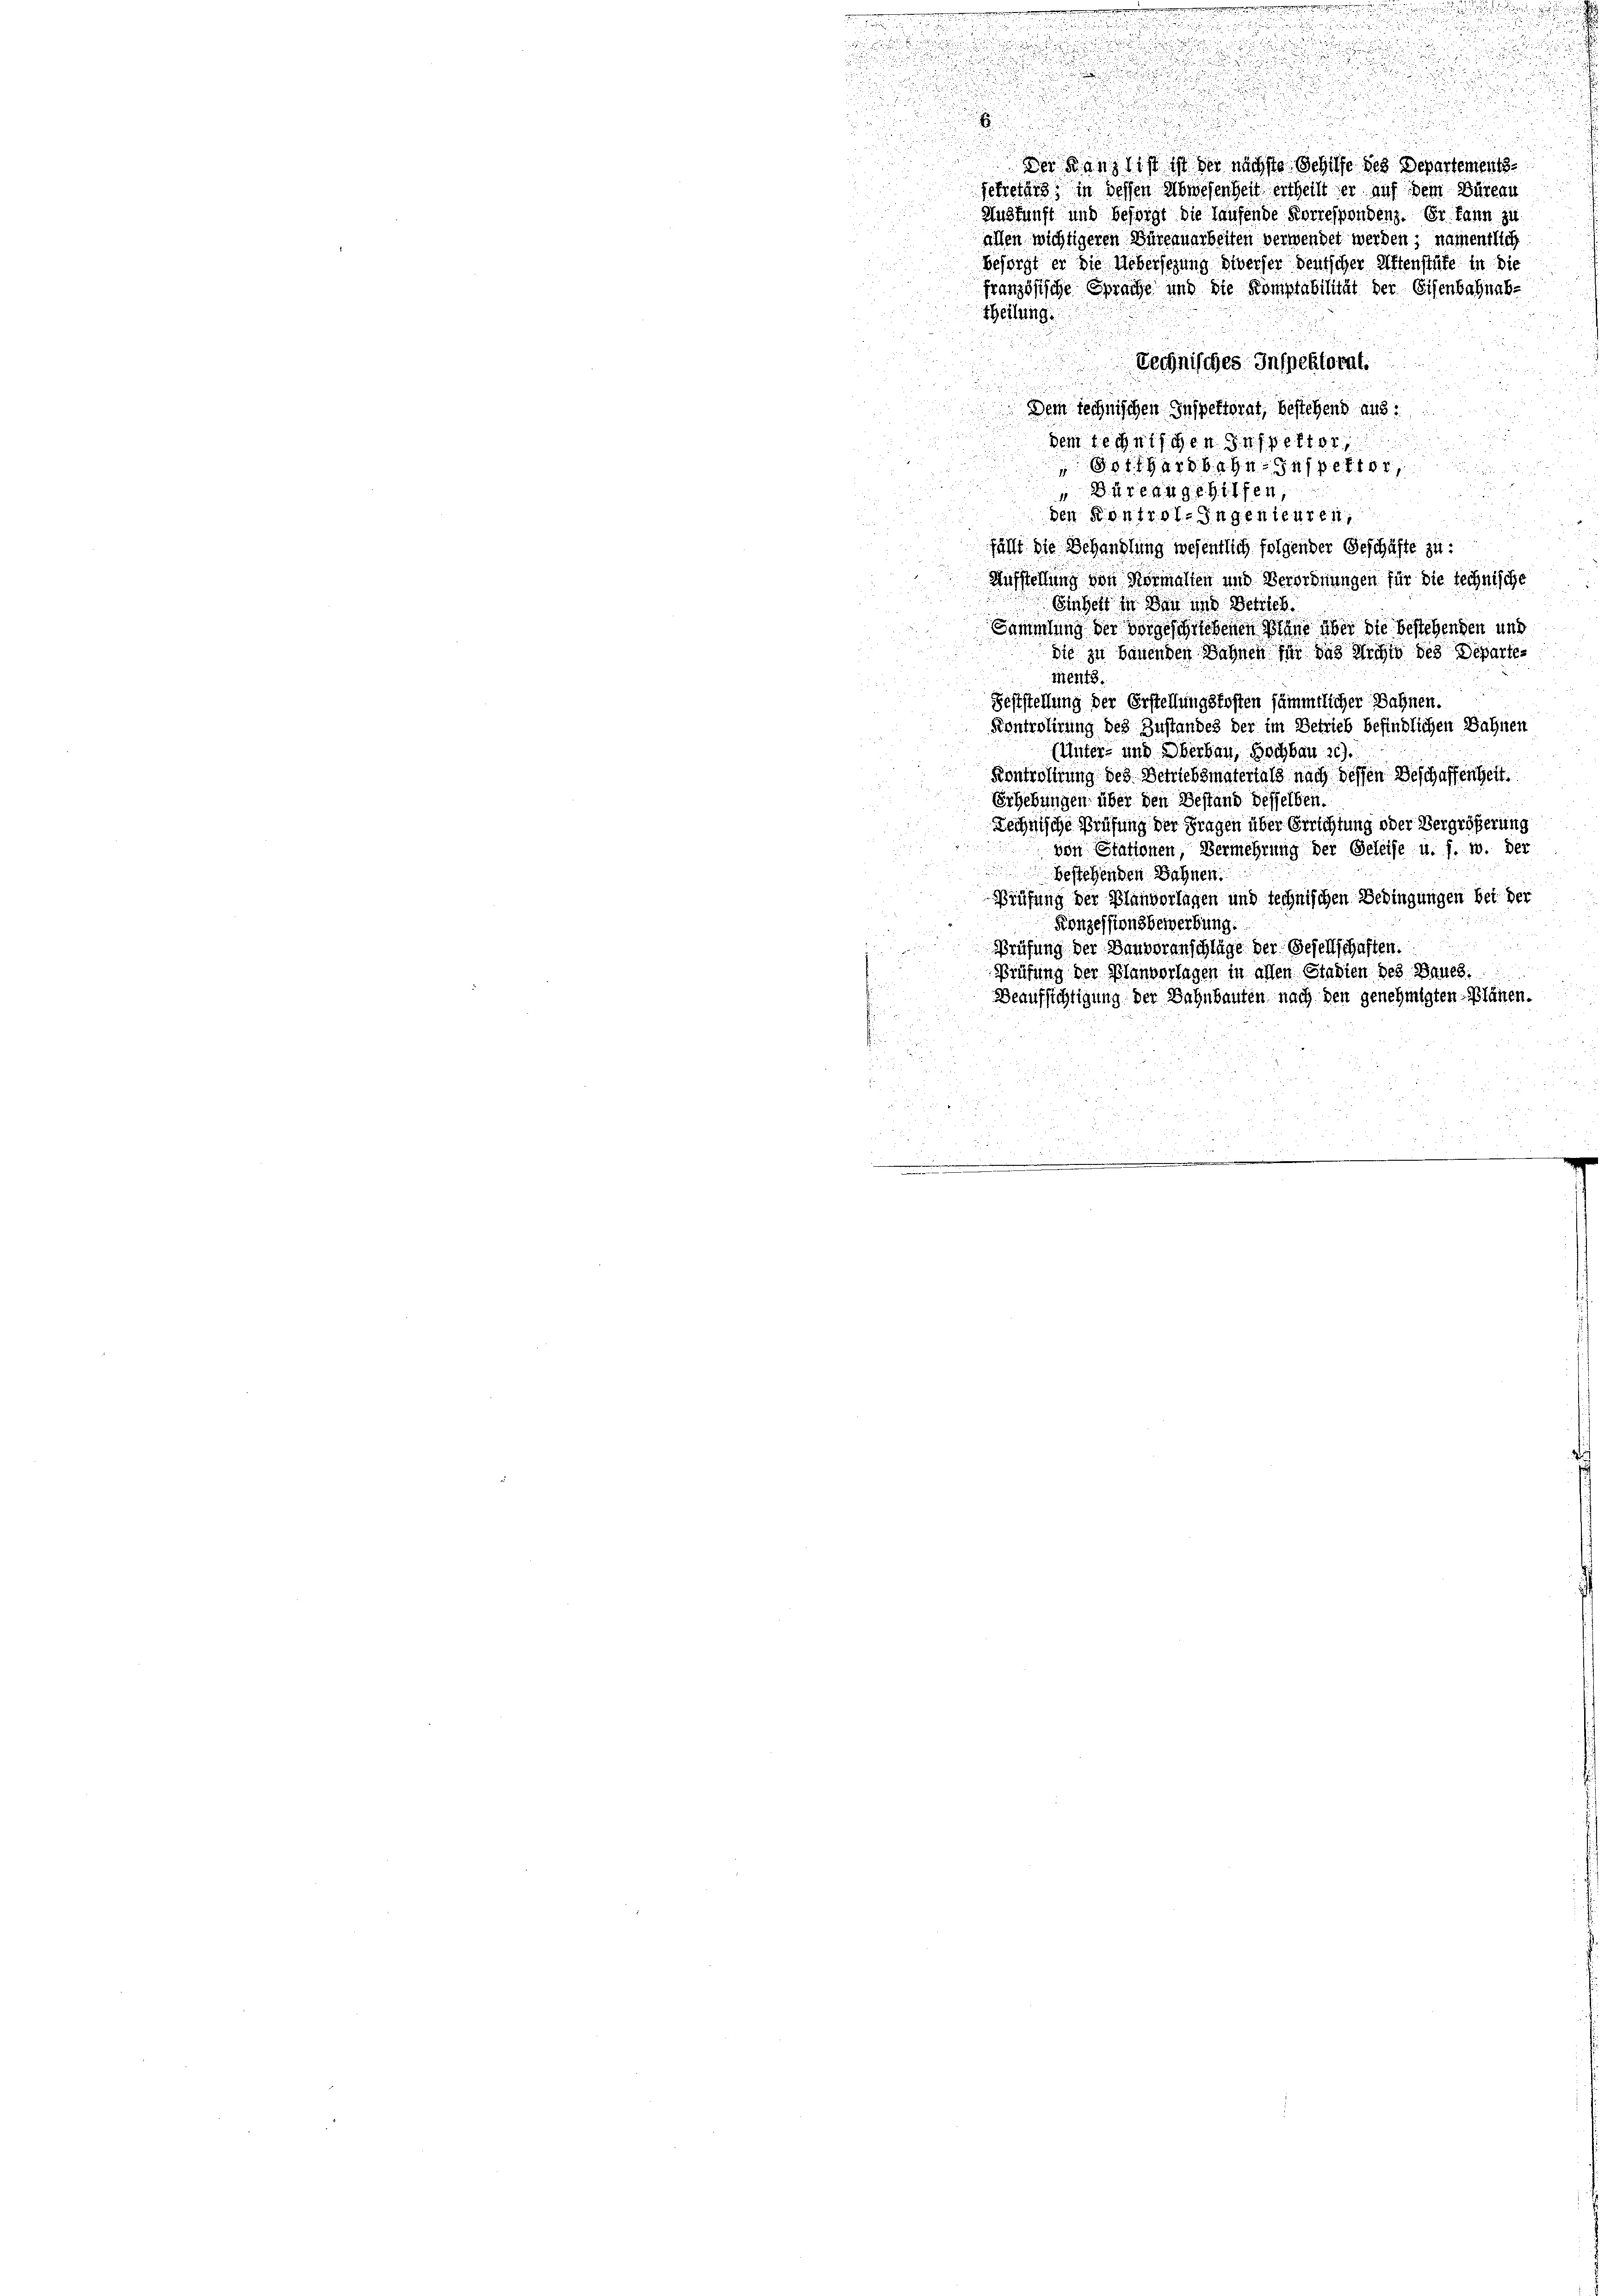
2
d

n
.
der ganz ist ist der nächste Schilfe des Departementssekretärs, in dessen Abwesenheit ertheilt er auf dem Büreau
Auskunft und besorgt die Hausende Korrespondenz. Er kann zu
allen wichtigeren Büreauarbeiten verwendet werden; namentlich
Besorgt er die Uebersezung diverher deutscher Affenstüke in die
französische Sprache und die Komptabilität der Eisenbahnabtheilung.
Technisches Inspektorat.
Dem technischen Inspektorat, bestehend aus:

dem reinigen § 4. spett
d
Potthardbahn. Inspett

d
 Büreau gehilfen,
den Kontrol- Ingenieuren,
fällt die Behandlung wesentlich folgender Geschäfte zu
Aufstellung von Normalien und Verordnungen für die technische
Einheit in den und Betrich.
Sammlung der vorgeschriebenen Sinne über die bestehenden und
die zu bauenden Bahnen für das Archiv des Departe¬
Ments.
2
Feststellung der Erstellungskosten sämmtlicher Bahnen.
Kontrolirung des Zustandes der im Betrieb befindlichen Bahnen

(Unter- und Oberbau, Hochbau 2).
Kontrolirung des Betriebsmatertals nach dessen Beschaffenheit.
Erhebungen über den Bestand desselben.
echnische Prüfung der Fragen über Errichtung oder Vergrößerung
von Stationen, Vermehrung der Geleise u. s. w. der

bestehenden Bahnen.
Prüfung der Blauberlagen und technischen Bedingungen bei der
Konzessionsbewerbung.
i
Prüfung der Bauveranschläge der Gesellschaften.
Prüfung der Planvorlagen in allen Stadien des Baues.
d
Beaufsichtigung der Bahnbauten nach den genehmigten Plänen.

3 x 5 x